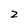
Character: 2